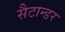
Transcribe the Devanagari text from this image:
सैटान्डर